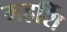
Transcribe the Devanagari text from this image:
महर्शि